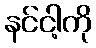
နင်ငါ့ကို